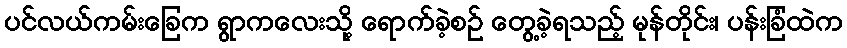
ပင်လယ်ကမ်းခြေက ရွာကလေးသို့ ရောက်ခဲ့စဉ် တွေ့ခဲ့ရသည့် မုန်တိုင်း၊ ပန်းခြံထဲက